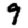
Digit: 9